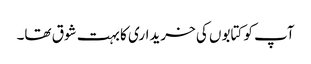
آپ کو کتابوں کی خریداری کا بہت شوق تھا۔